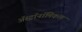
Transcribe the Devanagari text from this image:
अॅस्ट्रॉनॉमिकल